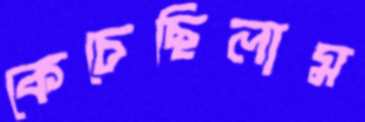
কেচেছিলাম